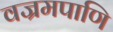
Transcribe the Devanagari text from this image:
वज्रमपाणि